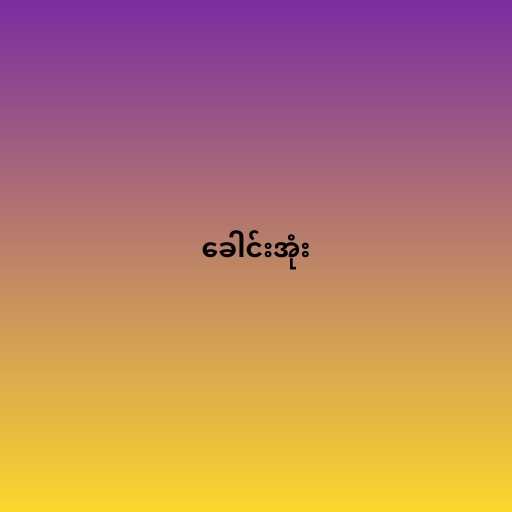
ခေါင်းအုံး